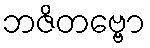
ဘဇိတဗ္ဗော